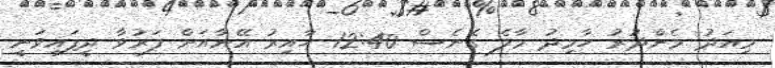
މިއަދު މެންދުުރު ހާމިދު މާލެ ގެނެސް 12:40 ހާއިރު އޭނާއަށް ފަރުވާ ދީފައިވަނީ